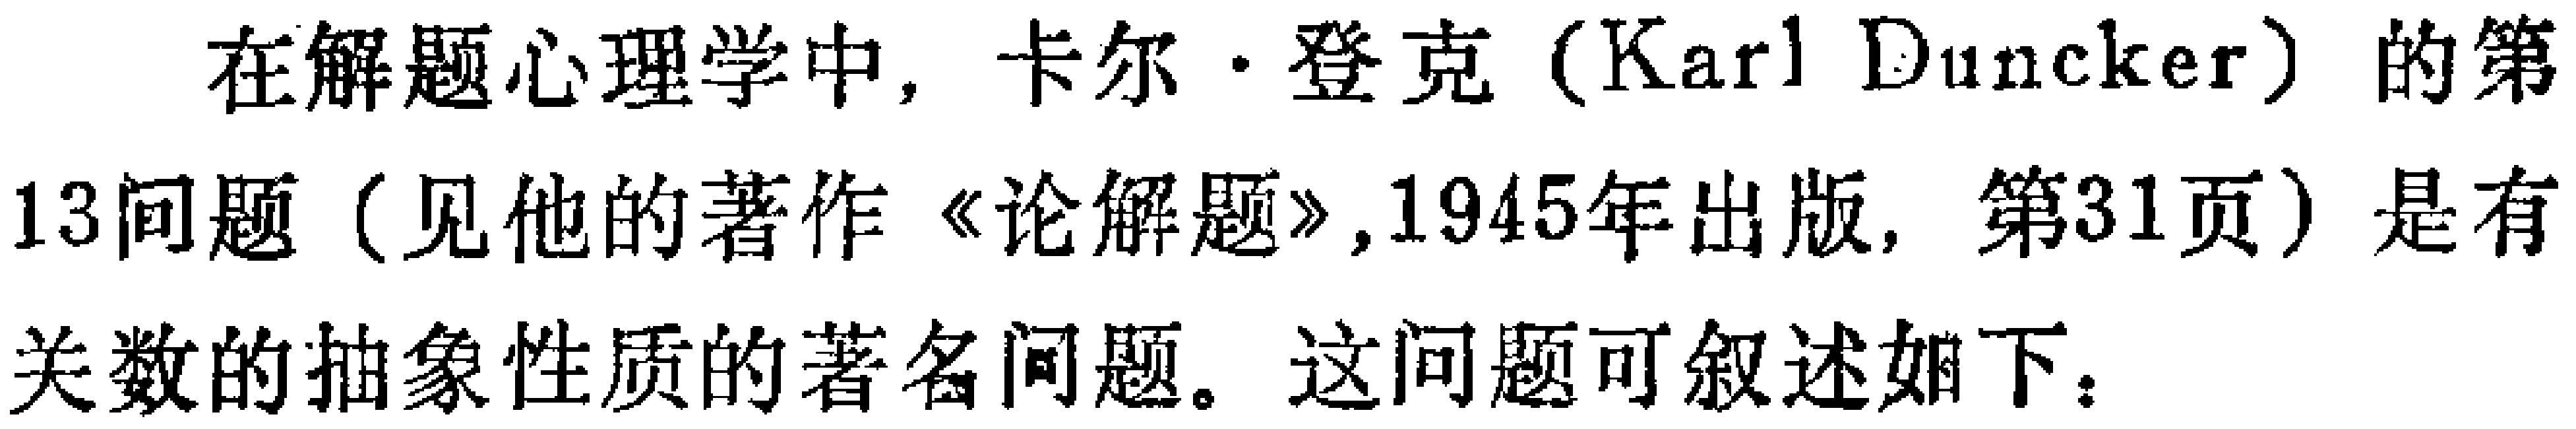
在解题心理学中，卡尔·登克（Karl Duncker）的第13问题（见他的著作《论解题》,1945年出版，第31页）是有关数的抽象性质的著名问题。这问题可叙述如下：